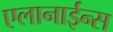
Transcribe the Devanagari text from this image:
एलानाईन्स